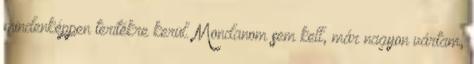
mindenképpen terítékre kerül. Mondanom sem kell, már nagyon vártam,